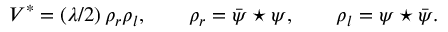
V ^ { * } = ( \lambda / 2 ) \, \rho _ { r } \rho _ { l } , \qquad \rho _ { r } = \bar { \psi } \star \psi , \qquad \rho _ { l } = \psi \star \bar { \psi } .